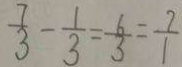
\frac { 7 } { 3 } - \frac { 1 } { 3 } = \frac { 6 } { 3 } = \frac { 7 } { 1 }